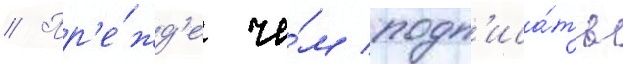
// Пр'е́жд'е че́м подп'иса́ть